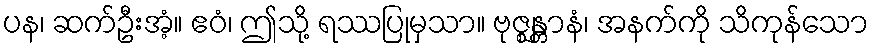
ပန၊ ဆက်ဦးအံ့။ ဧဝံ၊ ဤသို့ ရဿပြုမှသာ။ ဗုဇ္ဈန္တာနံ၊ အနက်ကို သိကုန်သော